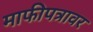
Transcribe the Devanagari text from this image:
माफीपत्रावर